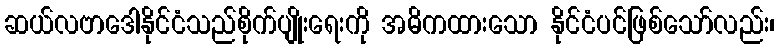
ဆယ်လဗာဒေါနိုင်ငံသည်စိုက်ပျိုးရေးကို အဓိကထားသော နိုင်ငံပင်ဖြစ်သော်လည်း၊